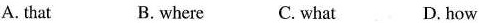
A. that B.where C. what D.how